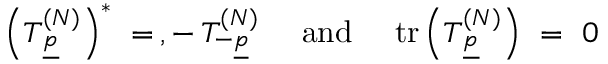
\left( T _ { \underline { { { p } } } } ^ { ( N ) } \right) ^ { * } \ = \, , - \, T _ { - \underline { { { p } } } } ^ { ( N ) } \ \quad \mathrm { a n d } \quad \ \mathrm { t r } \left( T _ { \underline { { { p } } } } ^ { ( N ) } \right) \ = \ 0